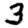
Digit: 3